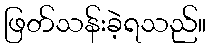
ဖြတ်သန်းခဲ့ရသည်။